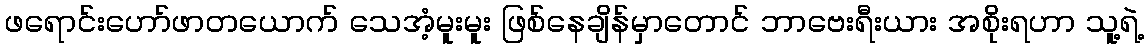
ဖရောင်းဟော်ဖာတယောက် သေအံ့မူးမူး ဖြစ်နေချိန်မှာတောင် ဘာဗေးရီးယား အစိုးရဟာ သူ့ရဲ့